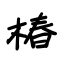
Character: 椿